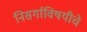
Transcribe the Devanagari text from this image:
निसर्गाविषयीचे